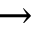
\rightarrow